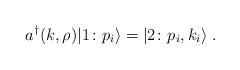
LaTeX: \begin{align*}a^{\dagger}(k, \rho) \vert 1 \colon p_i \rangle = \vert 2 \colon p_i, k_i\rangle \;.\end{align*}